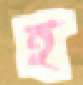
হ